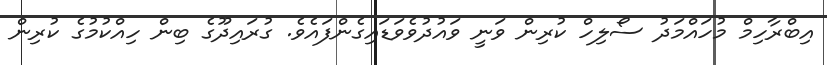
އިބްރާހިމް މުހައްމަދު ސޯލިހް ކުރިން ވަނީ ވައުދުވެވަޑައިގެންފައެވެ. ގުރައިދޫގެ ބިން ހިއްކުމުގެ ކުރިން